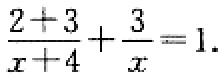
$\frac{2 + 3}{x + 4}+\frac{3}{x}=1.$